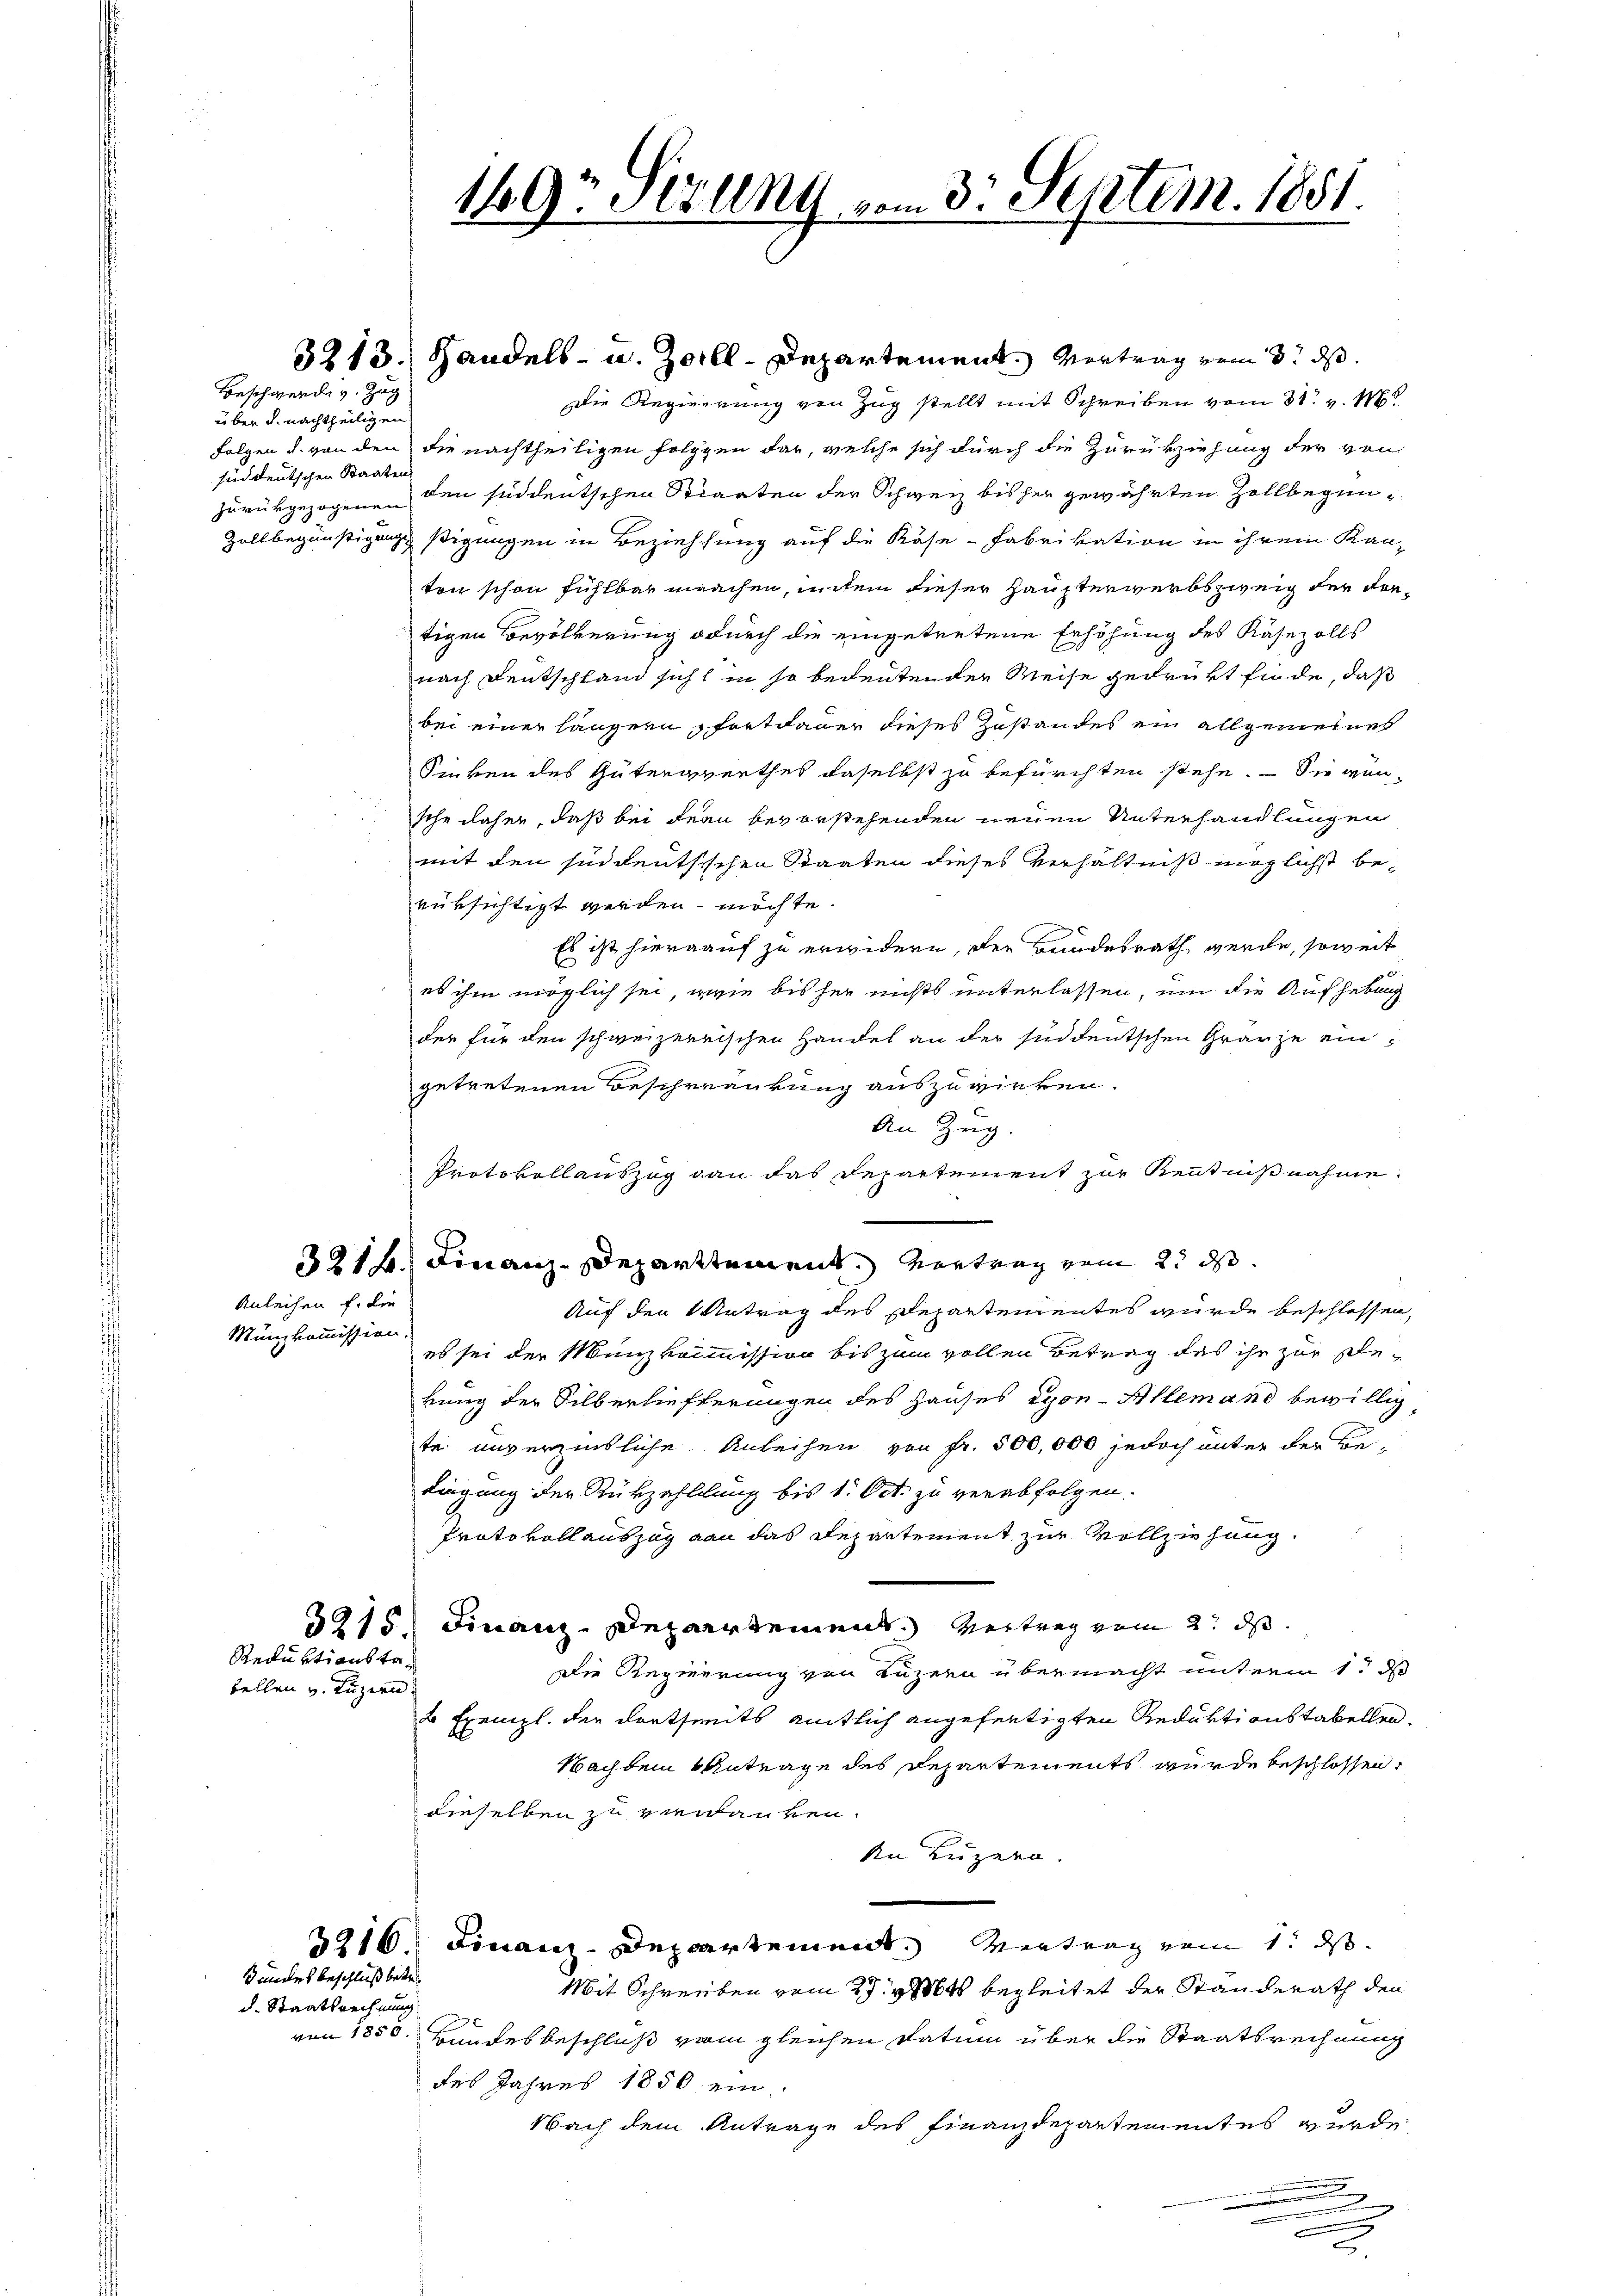
uber u. nachtheiligen
siddeutschen Staaten

Beschwerde v. Zug

Anleihen f. die

Münzkommission.

tellen v. Luzern

Reduktionsta¬

Bundes beschluß betr
d. Staatsrechnung

149. Stölny vom 3. Septem. 1851.

3213. Handels- u. Zoll-Departement. Vertrag vom 3. ds.
Die Regierung von Zug stellt mit Schreiben vom 31. v. M
Folgen u. von den die nachtheiligen folgen dar, welche sich durch die Zurükziehung der von
zurükgezogenen den sind deutschen Staaten der Schweiz bis her gewährten Zollbegen¬
Zollbegünstigungstigungen in Beziehung auf die Käse-Fabrikation in ihrem Kan-
ton schon fühlbar manchen, untem dieser Haupterwerbszweig der Kontigen Bevölkerung odurch die eingetretene Erhöhung des Käsezolls
nach Deutschland sich in so bedeutenden Weise gedrükt finde, daß
bei einer längern fortdauer dieses Zustandes ein allgemeines
Sinken des Gütergwerthes daselbst zu befürchten stehe. — Siegensche daher, daß bei dern bevorstehenden neuen Unterhandlungen
mit den süddeutsischen Staaten dieses Verhältniß möglichst berüksichtigt werden möchte.
Es ist hierauf zu erwidern, der Bundesrath werde, soweit
es ihm möglich sei, wie bis her nichts unterlassen, um die Aufhebung
der für den schweizerrischen Handel an der süddeutschen Gränze eingetretenen Beschränkung auszuwirken.
An Zug.
Protokollauszug dann das Departement zur Kenntnißnahme
321 f. Finanz-Departtement. Vortrag zum 2. ds.
Auf den Antrag des Departementes wurde beschlossen,
es sei der Münzkommission bis zum vollen Betrag des ihr zur Pekung der Silberlieferungen des Hauses Lyon-Allemand bewillig
te unverzinsliche Anleihen von Fr. 500,000 jedoch unter der Be-
Lingung der Rükzahlung bis 1. Oct. zu verabfolgen.
Protokollauszug an das Departement zur Vollziehung.
3915. Finanz-Departement. Vertrag vom 2. ds.
Die Regierung von Luzern übermacht unterm 1. d
2 Exempl. der dortseits amtlich angefertigten Reduktionstabellen.
Nachdem Antrage des Departements wurde beschlossen,
dieselben zu verdanken.
An Luzern
.
2916 Finanz-Departement. Vertrag vom 1. ds.
Mit Schreiben vom 27. v. Mts. begleitet der Standerath den
von 1850. Bundesbeschluß vom gleichen Datum über die Staatsrechnung
des Jahres 1850 ein
Nach dem Antrage des Finanzdepartementes wurde
d
.
u

.